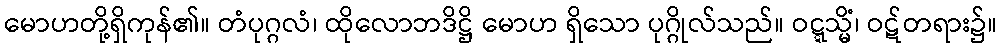
မောဟတို့ရှိကုန်၏။ တံပုဂ္ဂလံ၊ ထိုလောဘဒိဋ္ဌိ မောဟ ရှိသော ပုဂ္ဂိုလ်သည်။ ဝဋ္ဋသ္မိံ၊ ဝဋ်တရား၌။